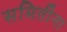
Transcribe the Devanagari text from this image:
समितींना